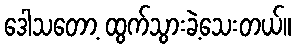
ဒေါသတော့ ထွက်သွားခဲ့သေးတယ်။